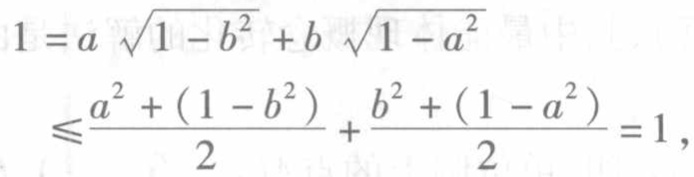
\[
\begin{align*}
1&=a\sqrt{1 - b^{2}}+b\sqrt{1 - a^{2}}\\
&\leqslant\frac{a^{2}+(1 - b^{2})}{2}+\frac{b^{2}+(1 - a^{2})}{2}=1,
\end{align*}
\]